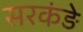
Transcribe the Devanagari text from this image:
सरकंड़े